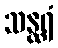
သန္ထရံ